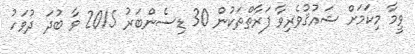
ވީމާ މިކަމަށް ޝައުޤުވެރިވާ ފަރާތްތަކުން 30 ޑިސެންބަރު 2015 ވާ ބުދަ ދުވަހު